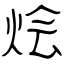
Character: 烩